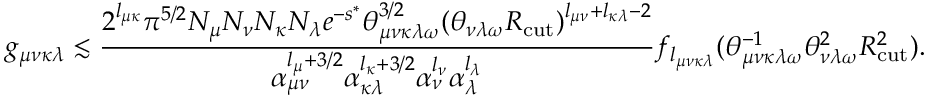
g _ { \mu \nu \kappa \lambda } \lesssim \frac { 2 ^ { l _ { \mu \kappa } } \pi ^ { 5 / 2 } N _ { \mu } N _ { \nu } N _ { \kappa } N _ { \lambda } e ^ { - s ^ { * } } \theta _ { \mu \nu \kappa \lambda \omega } ^ { 3 / 2 } ( \theta _ { \nu \lambda \omega } R _ { \mathrm { c u t } } ) ^ { l _ { \mu \nu } + l _ { \kappa \lambda } - 2 } } { \alpha _ { \mu \nu } ^ { l _ { \mu } + 3 / 2 } \alpha _ { \kappa \lambda } ^ { l _ { \kappa } + 3 / 2 } \alpha _ { \nu } ^ { l _ { \nu } } \alpha _ { \lambda } ^ { l _ { \lambda } } } f _ { l _ { \mu \nu \kappa \lambda } } ( \theta _ { \mu \nu \kappa \lambda \omega } ^ { - 1 } \theta _ { \nu \lambda \omega } ^ { 2 } R _ { \mathrm { c u t } } ^ { 2 } ) .